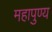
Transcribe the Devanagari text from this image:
महापुण्य